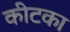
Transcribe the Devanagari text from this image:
कीटका